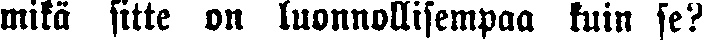
mikä sitte on luonnollisempaa kuin se?